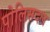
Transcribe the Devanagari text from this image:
पोलिसदल